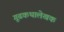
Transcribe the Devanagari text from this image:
गूढकथालेखक